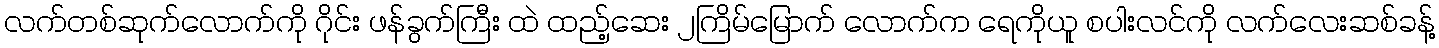
လက်တစ်ဆုက်လောက်ကို ဂိုင်း ဖန်ခွက်ကြီး ထဲ ထည့်ဆေး ၂ကြိမ်မြောက် လောက်က ရေကိုယူ စပါးလင်ကို လက်လေးဆစ်ခန့်